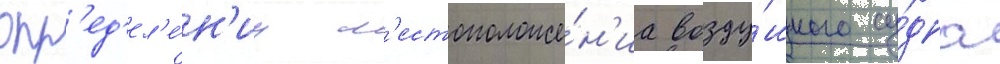
опр'ед'ел'е́н'иу м'естоположе́н'иа возду́шного су́дна